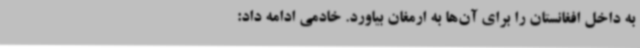
به داخل افغانستان را برای آن‌ها به ارمغان بیاورد. خادمی ادامه داد: